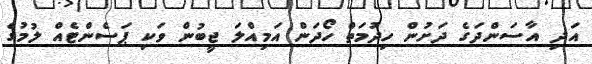
އަދި އާސަންދަގެ ދަށުން ހިދުމަތް ހޯދަން އަމިއްލަ ޖީބުން ވަކި ޕަސެންޓެއް ލުމުގެ